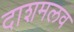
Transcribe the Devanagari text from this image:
दाशमलव